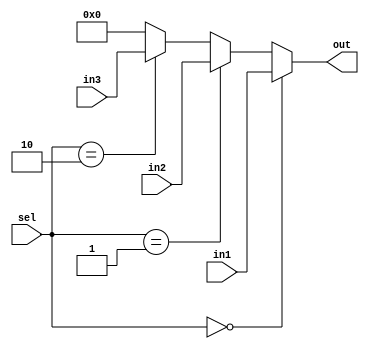
`timescale 1ns / 1ps
//////////////////////////////////////////////////////////////////////////////////
// Company: 
// Engineer: 
// 
// Design Name: 
// Module Name:    MUX_3_5 
// Project Name: 
// Target Devices: 
// Tool versions: 
// Description: 
//
// Dependencies: 
//
// Revision: 
// Revision 0.01 - File Created
// Additional Comments: 
//
//////////////////////////////////////////////////////////////////////////////////
module MUX_3_5(
    input [4:0] in1,
    input [4:0] in2,
    input [4:0] in3,
    input [1:0] sel,
    output [4:0] out
    );
	 
	 assign out = (sel==2'b00)?in1:
						 (sel==2'b01)?in2:
						 (sel==2'b10)?in3:5'b0;


endmodule